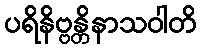
ပရိနိဗ္ဗန္တိနာသဝါတိ